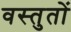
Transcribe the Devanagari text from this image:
वस्तुतों